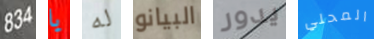
834 يا له البيانو يدور المحلي